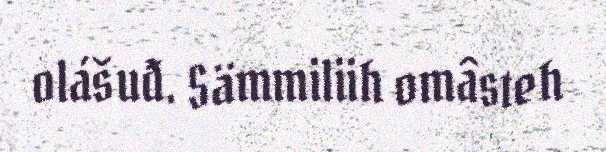
olášuđ. Sämmiliih omâsteh